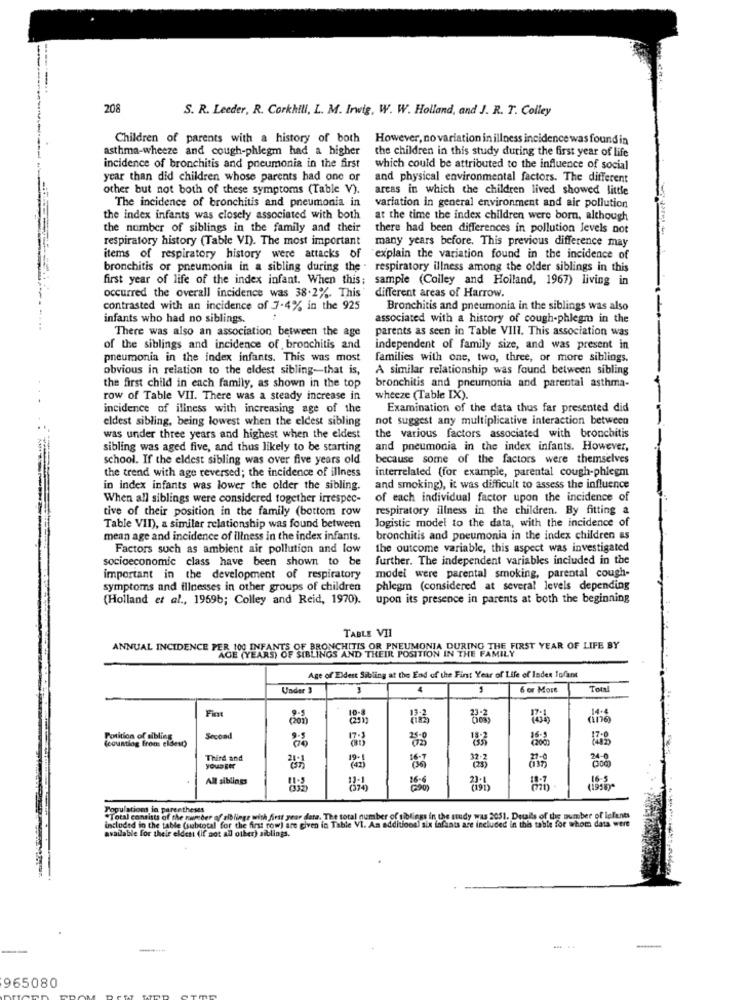
-------...
208
S. R. Leeder, R. Corkhill, L. M. Inwig, W. W. Holland, and J. R. T. Colley
Children of parents with a history of both
However, no variation in illness incidence was found in
asthma-wheeze and cough-phlegm had a higher
the children in this study during the first year of life
incidence of bronchitis and pneumonia in the first
which could be attributed to the influence of social
year than did children whose parents had one or
and physical environmental factors. The different
other but not both of these symptoms (Table V).
areas in which the children lived showed little
The incidence of bronchitis and pneumonia in
variation in general environment and air pollution
the index infants was closely associated with both
at the time the index children were born, although
the number of siblings in the family and their
there had been differences in pollution levels not
respiratory history (Table VI). The most important
many years before. This previous difference may
items of respiratory history were attacks of
"explain the variation found in the incidence of
bronchitis or pneumonia in a sibling during the . respiratory illness among the older siblings in this
first year of life of the index infant. When this;
sample (Colley and Holland, 1967) living in
occurred the overall incidence was 38.2%. This
different areas of Harrow.
contrasted with an incidence of 7-4% in the 925
Bronchitis and pneumonia in the siblings was also
infants who had no siblings.
associated with a history of cough-phlegm in the
There was also an association between the age
parents as seen in Table VIII. This association was
of the siblings and incidence of , bronchitis and
independent of family size, and was present in
pneumonia in the index infants. This was most
families with one, two, three, or more siblings.
obvious in relation to the eldest sibling-that is,
A similar relationship was found between sibling
the first child in each family, as shown in the top
bronchitis and pneumonia and parental asthma-
row of Table VII. There was a steady increase in
wheeze (Table IX).
incidence of illness with increasing age of the
Examination of the data thus far presented did
eldest sibling, being lowest when the eldest sibling
not suggest any multiplicative interaction between
was under three years and highest when the eldest
the various factors associated with bronchitis
sibling was aged five, and thus likely to be starting
and pneumonia in the index infants. However,
school. If the eldest sibling was over five years old
because some of the factors were themselves
the trend with age reversed; the incidence of illness
interrelated (for example, parental cough-phlegm
in index infants was lower the older the sibling.
and smoking), it was difficult to assess the influence
When all siblings were considered together irrespec-
of each individual factor upon the incidence of
tive of their position in the family (bottom row
respiratory illness in the children. By fitting a
Table VII), a similar relationship was found between
logistic model to the data, with the incidence of
mean age and incidence of illness in the index infants.
bronchitis and pneumonia in the index children as
Factors such as ambient air pollution and low
the outcome variable, this aspect was investigated
socioeconomic class have been shown to be
further. The independent variables included in the
important in the development of respiratory
model were parental smoking, parental cough-
symptoms and illnesses in other groups of children
phlegm (considered at several levels depending
(Holland et al ., 19696; Colley and Reid, 1970). upon its presence in parents at both the beginning
TABLE VII
ANNUAL INCIDENCE PER 100 INFANTS OF BRONCHITIS OR PNEUMONIA DURING THE FIRST YEAR OF LIFE BY
AGE (YEARS) OF SIBLINGS AND THEIR POSITION IN THE FAMILY
Age of Eldest Sibling at the End of the First Year of Life of Index 1ofant
Under 3
4
6 or More
Ter!
Fint
ine
Potition of aibling
Second
(counting from eldest)
Third and
YOUSEE
All siblings
16.5
26 28 20 28
Populations in parentheses
"Total consists of the number of albliege with first year data. The total number of siblings in the study was 2051. Detals of the number of lofents
included in the table (subtotal for the first row) are given in Table VI. An additional six infants are included in this table for whom data were
available For their eldest (if not all other) siblings.
----
-
965080